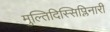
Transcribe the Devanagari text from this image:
मुल्तिदिस्सिप्लिनारी